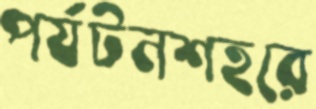
পর্যটনশহরে